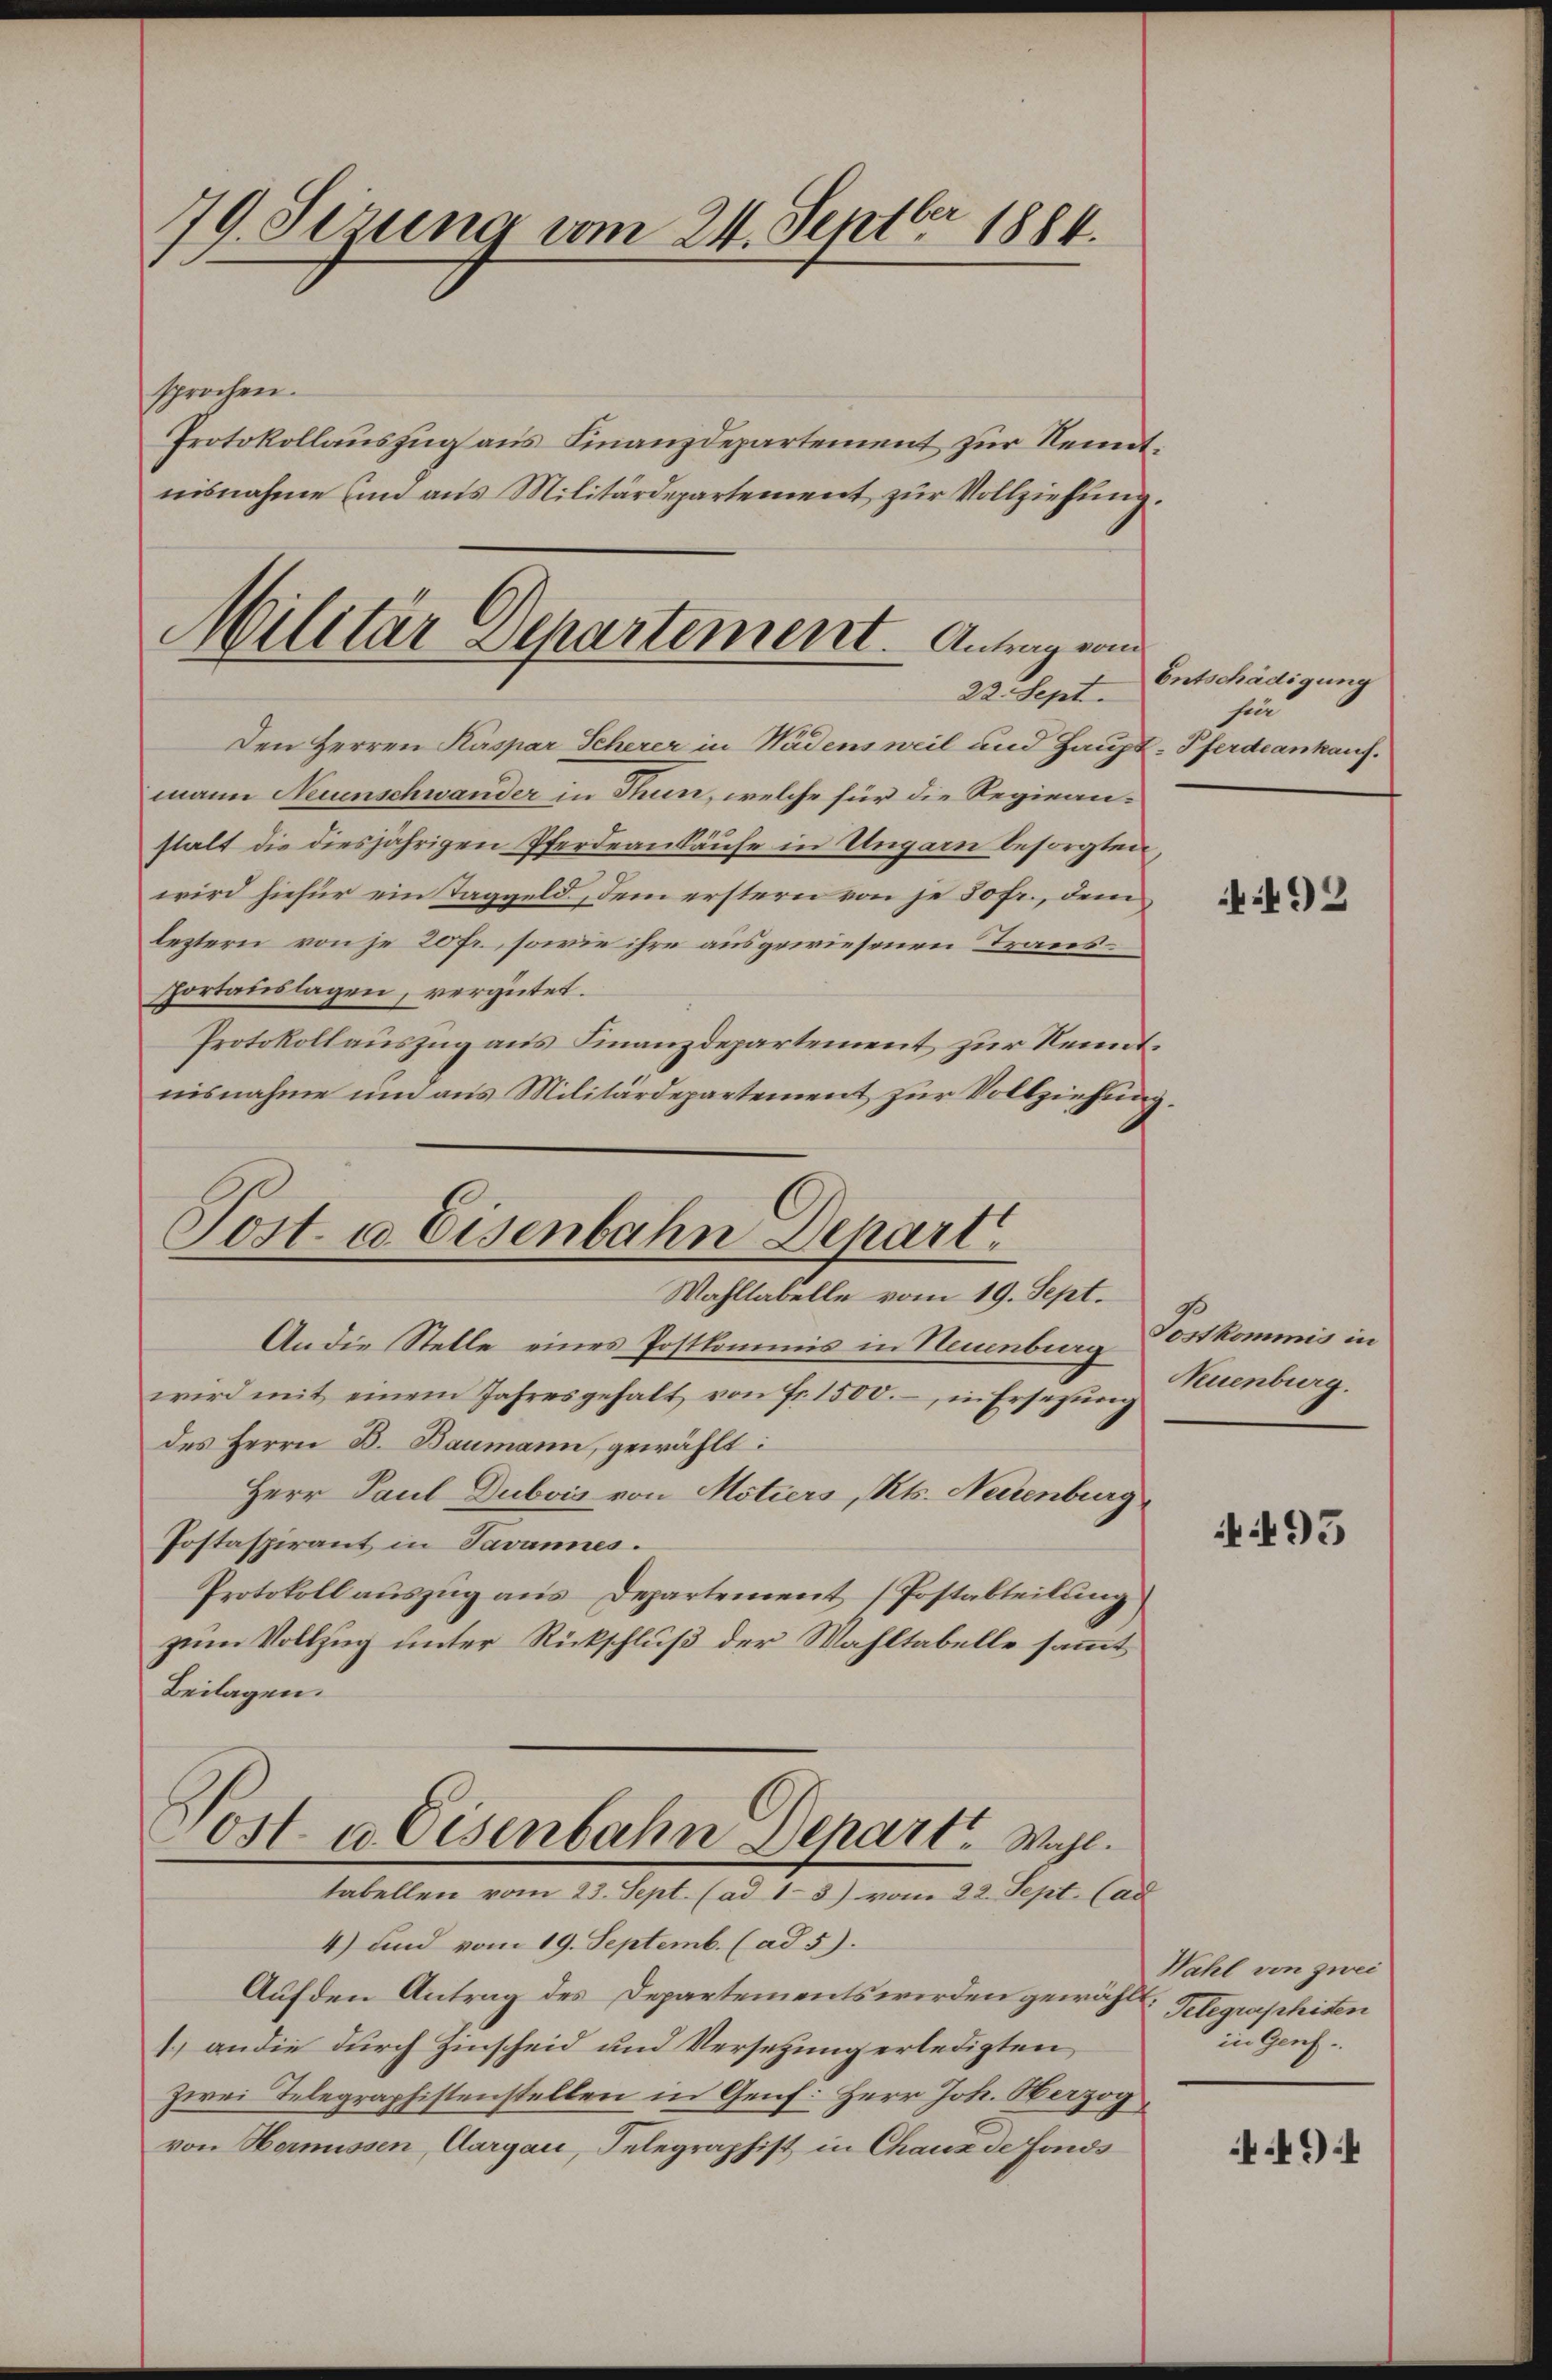
79. Sezung vom 24. Septbr 1884.

sprochen.
Protokollauszug aus Finanzdepartement zur Rentnisnahme sind aus Militärdepartement zur Vollziehung.
Militär Departement. Antrag vom

22. Sept.

Den Herren Kaspar Scherer in Wädens weil und Haupt-Pferdeankauf.
mann Neuenschwander in Thun, welche für die Regieanstalt die diesjährigen Pferdeankäufe in Ungarn besorgten,
wird hiefür ein Taggeld, dem erstern von je 50 fr., dem
leztern von je 20 fr., sowie ihre ausgewiesenen Transfortauslagen, vergütet.
Protokollauszug aus Finanzdepartement zur Kenntnisnahme um aus Militärdepartement zur Vollziehung.

Post a Eisenbahn Depart
Wahllabelle vom 19. Sept.

An die Stelle eines Postkommis in Neuenburg Postkommis in
wird mit einem Jahresgehalt von Fr. 1500.- in Ersetzŭng
des Herrn B. Baumann, gewählt:
Herr Paul Dubois von Motiers, Kts. Neuenburg
Postaspirant in Javannes.
Protokoll auszug aus Departement (Postabteilung,
zum Vollzug unter Rückschluß der Wahltabelle sammt
Beilagen.
Post u. Eisenbahn Depart. Wahl.
tabellen vom 23. Sept. (ad 1-3) vom 22. Sept. Cad
4) und vom 19. Septemb. (ad 5).
Auf den Antrag des Departements werden gewählt. Gelegraphiten
1.) an die durch Hinscheid und Versetzung erledigten
zwei Telegraphistenstellen in Genf. Herr Joh. Herzog
von Hornissen, Aargau, Telegraphist in Chaux de Fonds

Entschädigung
hin

492

Neuenburg.

95

Wahl von zwei
in Genf.

49